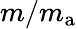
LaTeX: m/m_{\mathrm{a}}